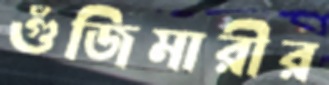
গুঁজিমারীর